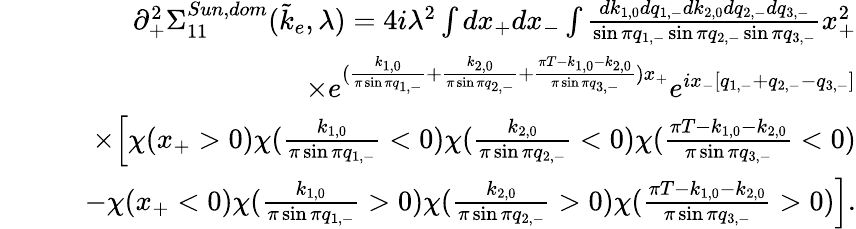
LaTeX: \begin{array}{rlr}&{}&{\partial_{+}^{2}\Sigma_{11}^{Sun,dom}(\tilde{k}_{e},\lambda)=4i\lambda^{2}\int dx_{+}dx_{-}\int\frac{dk_{1,0}dq_{1,-}dk_{2,0}dq_{2,-}dq_{3,-}}{\sin\pi q_{1,-}\sin\pi q_{2,-}\sin\pi q_{3,-}}x_{+}^{2}}\\ &{}&{\quad\times e^{(\frac{k_{1,0}}{\pi\sin\pi q_{1,-}}+\frac{k_{2,0}}{\pi\sin\pi q_{2,-}}+\frac{\pi T-k_{1,0}-k_{2,0}}{\pi\sin\pi q_{3,-}})x_{+}}e^{ix_{-}[q_{1,-}+q_{2,-}-q_{3,-}]}}\\ &{}&{\quad\times\Big[\chi(x_{+}>0)\chi(\frac{k_{1,0}}{\pi\sin\pi q_{1,-}}<0)\chi(\frac{k_{2,0}}{\pi\sin\pi q_{2,-}}<0)\chi(\frac{\pi T-k_{1,0}-k_{2,0}}{\pi\sin\pi q_{3,-}}<0)}\\ &{}&{\quad-\chi(x_{+}<0)\chi(\frac{k_{1,0}}{\pi\sin\pi q_{1,-}}>0)\chi(\frac{k_{2,0}}{\pi\sin\pi q_{2,-}}>0)\chi(\frac{\pi T-k_{1,0}-k_{2,0}}{\pi\sin\pi q_{3,-}}>0)\Big].}\end{array}